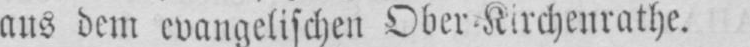
aus dem evangelischen Ober⸗Kirchenrathe.